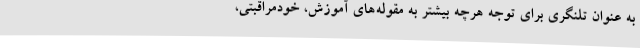
به عنوان تلنگری برای توجه هرچه بیشتر به مقوله‌های آموزش، خودمراقبتی،